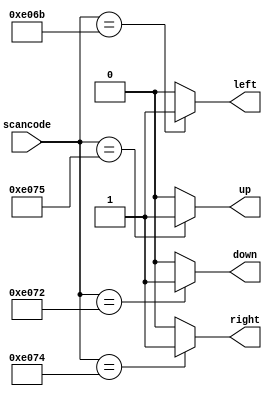
module top_module (
    input [15:0] scancode,
    output reg left,
    output reg down,
    output reg right,
    output reg up  ); 

    always @(*) begin
        left  = 1'b0;
        down  = 1'b0;
        right = 1'b0;
        up    = 1'b0;

        case (scancode)
        16'he06b: left   = 1'b1;
        16'he072: down   = 1'b1;
        16'he074: right  = 1'b1;
        16'he075: up     = 1'b1;
        endcase
    end



endmodule